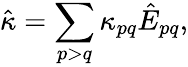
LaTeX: \hat{\kappa}=\sum_{p>q}\kappa_{pq}\hat{{E}}_{pq},